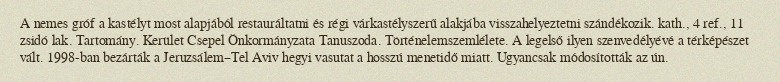
A nemes gróf a kastélyt most alapjából restauráltatni és régi várkastélyszerű alakjába visszahelyeztetni szándékozik. kath., 4 ref., 11 zsidó lak. Tartomány. Kerület Csepel Önkormányzata Tanuszoda. Történelemszemlélete. A legelső ilyen szenvedélyévé a térképészet vált. 1998-ban bezárták a Jeruzsálem–Tel Aviv hegyi vasutat a hosszú menetidő miatt. Ugyancsak módosították az ún.